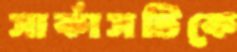
সার্কাসটিকে